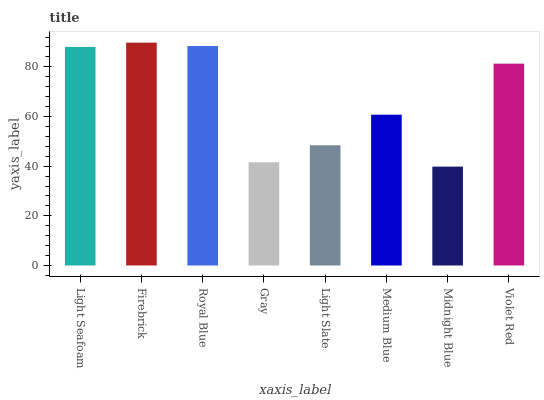
| xaxis_label | bars |
 | --- | --- |
 | Light Seafoam | 88 |
 | Firebrick | 89.7 |
 | Royal Blue | 88.4 |
 | Gray | 41.6 |
 | Light Slate | 48.4 |
 | Medium Blue | 60.7 |
 | Midnight Blue | 39.8 |
 | Violet Red | 81.3 |